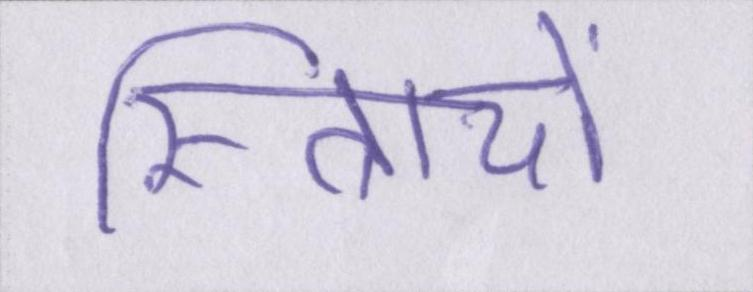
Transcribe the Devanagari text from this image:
स्त्रिायों